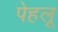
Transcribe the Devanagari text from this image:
पेहलू